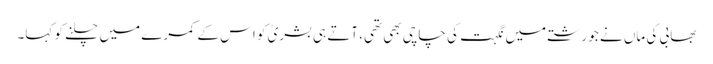
بھابی کی ماں نے جو رشتے میں نگہت کی چاچی بھی تھی، آتے ہی بشریٰ کو اس کے کمرے میں چلنے کو کہا۔